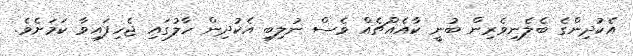
އެކުދިންގެ ބެލެނިވެރިން ބުނީ ކާއެއްޗެއް ވެސް ނުލިބި އެކުދިން ހާލުގައި ޖެހިފައިވާ ކަމަށެވެ.